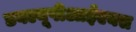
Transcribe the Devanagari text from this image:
डबल्यूपीआईएक्स